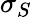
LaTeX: \sigma_{S}